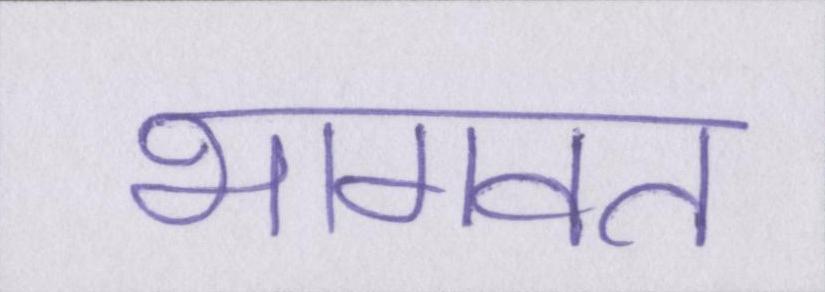
भागवत